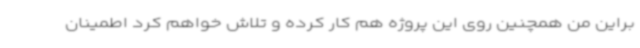
براین من همچنین روی این پروژه هم کار کرده و تلاش خواهم کرد اطمینان